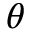
\theta